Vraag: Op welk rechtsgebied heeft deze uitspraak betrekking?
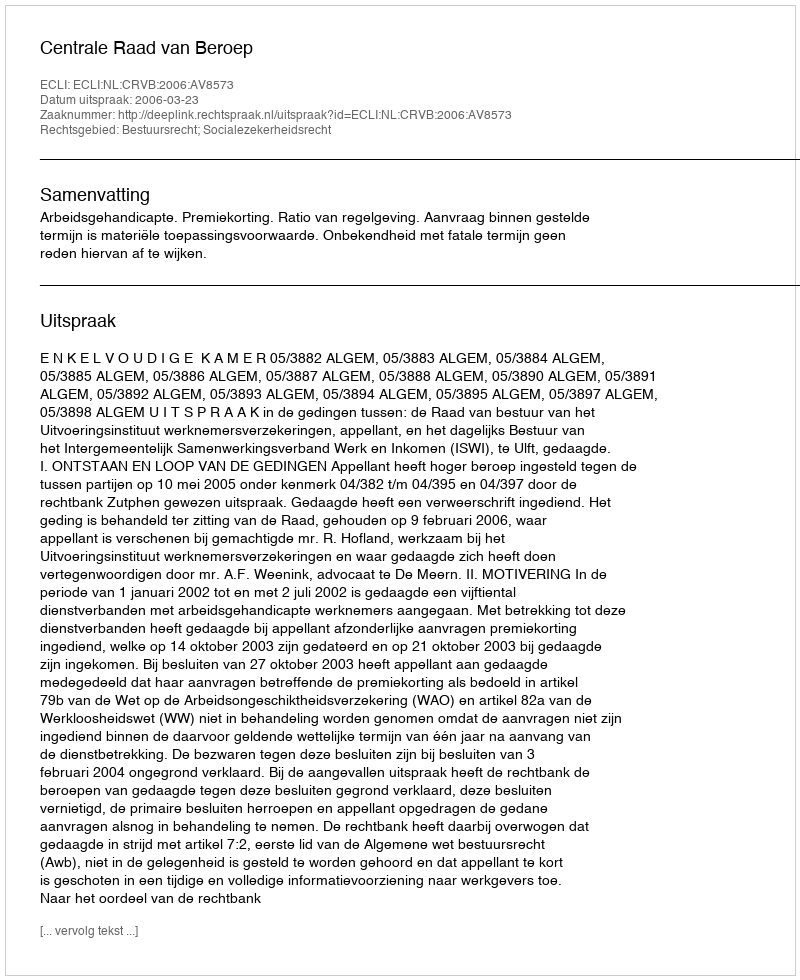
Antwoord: Bestuursrecht; Socialezekerheidsrecht